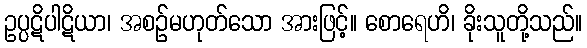
ဥပ္ပဋိပါဋိယာ၊ အစဉ်မဟုတ်သော အားဖြင့်။ စောရေဟိ၊ ခိုးသူတို့သည်။